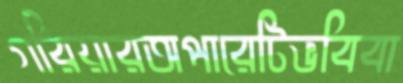
গরিয়ারঅপারেটিভবিবা